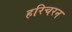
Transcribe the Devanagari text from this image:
हरिचरन